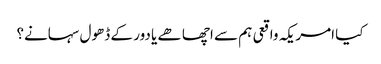
کیا امریکہ واقعی ہم سے اچھا ھے یا دور کے ڈھول سہانے؟